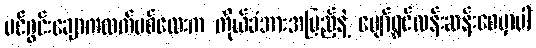
ပင်ဂွင်းချောကလက်မစ်လေးက ကိုယ်ခံအားအပြည့်နဲ့ ပျော်ရွှင်လန်းဆန်းစေမှာပါ